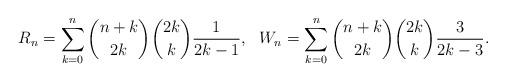
LaTeX: \begin{align*}R_n=\sum_{k=0}^{n}{n+k\choose 2k}{2k\choose k}\frac{1}{2k-1},\ \ W_n=\sum_{k=0}^{n}{n+k\choose 2k}{2k\choose k}\frac{3}{2k-3}.\end{align*}